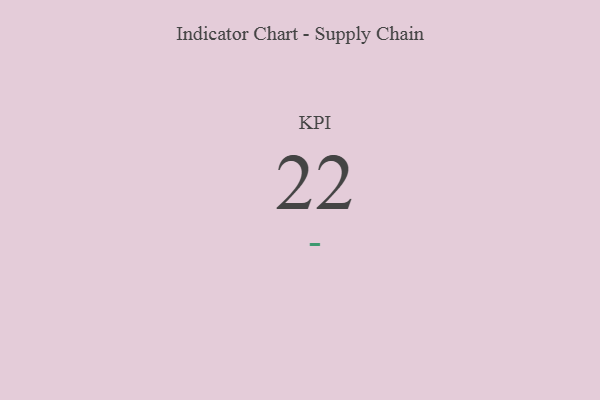
{"axis": {"x": "KPI", "y": "Value"}, "legend": [""], "data": [{"x": "KPI", "y": 22, "type": ""}]}